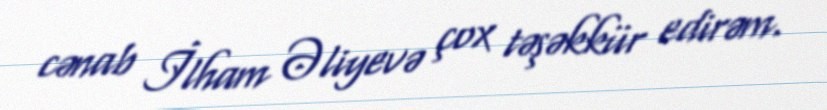
cənab İlham Əliyevə çox təşəkkür edirəm.